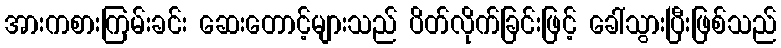
အားကစားကြမ်းခင်း ဆေးတောင့်များသည် ပိတ်လိုက်ခြင်းဖြင့် ခေါ်သွားပြီးဖြစ်သည်